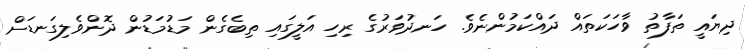
ދިޔައީ ތަފާތު ވާހަކަތައް ދައްކަމުންނެވެ. ހަނދުވަރުގެ ރިހި އަލީގައި ތިބެގެން މަޑުމަޑުން ދޮންވެލިގަނޑަށް